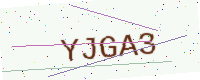
Text: YJGA3